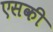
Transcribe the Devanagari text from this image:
एसकी